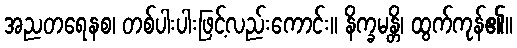
အညတရေနစ၊ တစ်ပါးပါးဖြင့်လည်းကောင်း။ နိက္ခမန္တိ၊ ထွက်ကုန်၏။